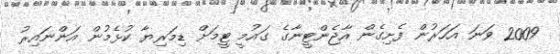
2009 ވަނަ އަހަރުން ފެށިގެން އާޖެންޓީނާގެ ގައުމީ ޓީމަށް ޑިމަރިޔާ ކުޅެމުން އަންނައިރު